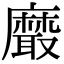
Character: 黀